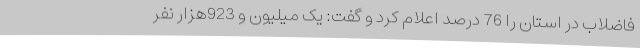
فاضلاب در استان را 76 درصد اعلام کرد و گفت: یک میلیون و 923هزار نفر